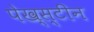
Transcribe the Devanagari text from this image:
पेख्स्टीन